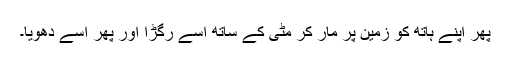
پھر اپنے ہاتھ کو زمین پر مار کر مٹی کے ساتھ اسے رگڑا اور پھر اسے دھویا۔